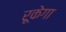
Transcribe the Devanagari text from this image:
रूकेगा